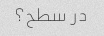
در سطح؟